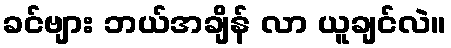
ခင်ဗျား ဘယ်အချိန် လာ ယူချင်လဲ။